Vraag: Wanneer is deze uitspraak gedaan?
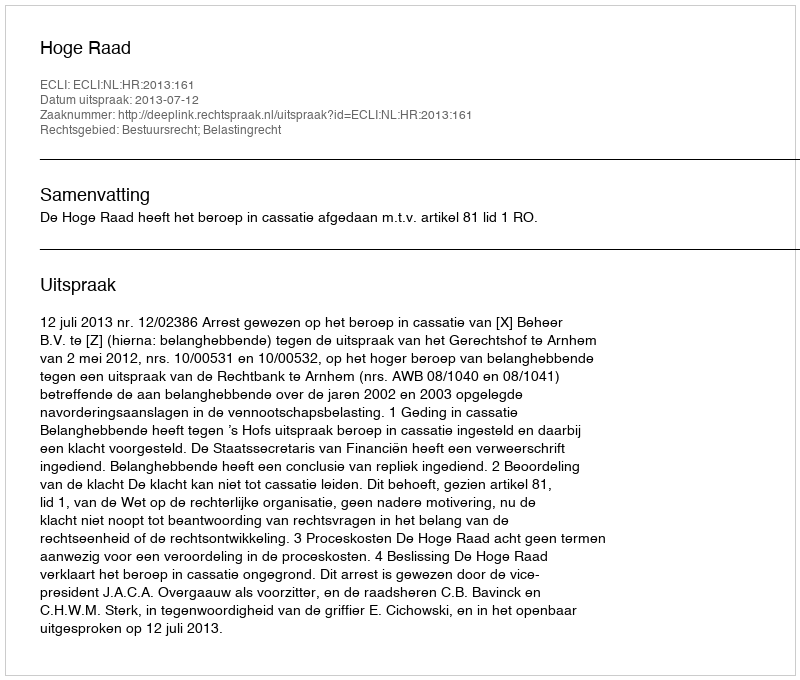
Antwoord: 2013-07-12